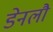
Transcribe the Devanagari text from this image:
डेनलौ